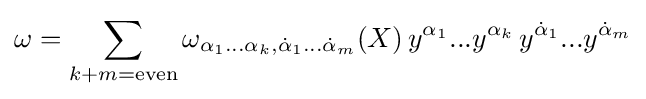
\omega =\sum _{k+m={\text{even}}}\omega _{\alpha _{1}...\alpha _{k},{\dot {\alpha }}_{1}...{\dot {\alpha }}_{m}}(X)\,y^{\alpha _{1}}...y^{\alpha _{k}}\,y^{{\dot {\alpha }}_{1}}...y^{{\dot {\alpha }}_{m}}